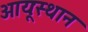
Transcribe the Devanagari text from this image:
आयूःस्थान